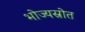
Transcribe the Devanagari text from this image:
भोज्यस्रोत